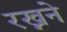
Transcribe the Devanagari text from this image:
रख्नने